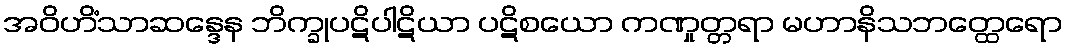
အဝိဟိံသာဆန္ဒေန ဘိက္ခုပဋိပါဋိယာ ပဋိစယော ကဏှုတ္တရာ မဟာနိသဘတ္ထေရော